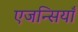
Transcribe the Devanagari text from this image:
एजन्सियाँ